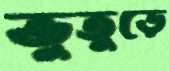
ভুতুড়ে